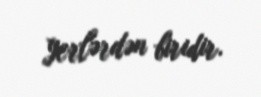
yerlərdən biridir.